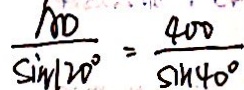
\frac { A D } { \sin 1 2 0 ^ { \circ } } = \frac { 4 0 0 } { \sin 4 0 ^ { \circ } }